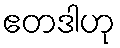
ဧတဒါဟု